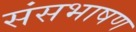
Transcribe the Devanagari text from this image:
संसभाषण